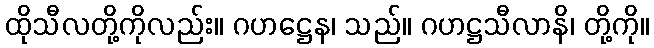
ထိုသီလတို့ကိုလည်း။ ဂဟဋ္ဌေန၊ သည်။ ဂဟဋ္ဌသီလာနိ၊ တို့ကို။